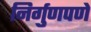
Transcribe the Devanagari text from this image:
निर्गुणपणे